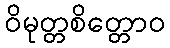
ဝိမုတ္တစိတ္တောဝ